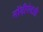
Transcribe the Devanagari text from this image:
नोंदीऐवजी